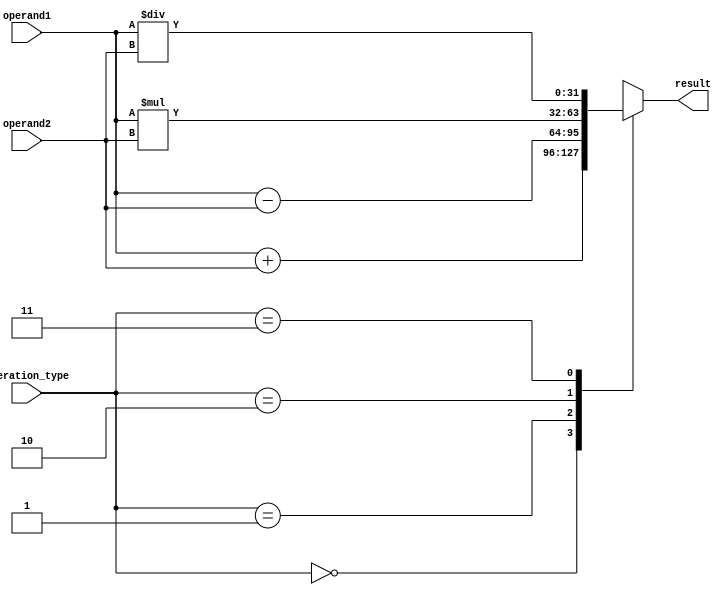
module floating_point_unit (
    input [31:0] operand1,
    input [31:0] operand2,
    input [1:0] operation_type,
    output reg [31:0] result
);

reg [31:0] integer_result;
reg [31:0] fractional_result;

always @(*) begin
    case (operation_type)
        2'b00: // Addition
            begin
                result = operand1 + operand2;
            end
        2'b01: // Subtraction
            begin
                result = operand1 - operand2;
            end
        2'b10: // Multiplication
            begin
                result = operand1 * operand2;
            end
        2'b11: // Division
            begin
                result = operand1 / operand2;
            end
    endcase
end

endmodule